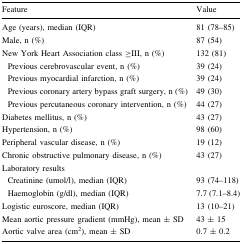
<table><thead><tr><td><b>Feature</b></td><td><b>Value</b></td></tr></thead><tbody><tr><td>Age (years), median (IQR)</td><td>81 (78–85)</td></tr><tr><td>Male, n (%)</td><td>87 (54)</td></tr><tr><td>New York Heart Association class ≥III, n (%)</td><td>132 (81)</td></tr><tr><td> Previous cerebrovascular event, n (%)</td><td>39 (24)</td></tr><tr><td> Previous myocardial infarction, n (%)</td><td>39 (24)</td></tr><tr><td> Previous coronary artery bypass graft surgery, n (%)</td><td>49 (30)</td></tr><tr><td> Previous percutaneous coronary intervention, n (%)</td><td>44 (27)</td></tr><tr><td>Diabetes mellitus, n (%)</td><td>43 (27)</td></tr><tr><td>Hypertension, n (%)</td><td>98 (60)</td></tr><tr><td>Peripheral vascular disease, n (%)</td><td>19 (12)</td></tr><tr><td>Chronic obstructive pulmonary disease, n (%)</td><td>43 (27)</td></tr><tr><td colspan="2">Laboratory results</td></tr><tr><td> Creatinine (umol/l), median (IQR)</td><td>93 (74–118)</td></tr><tr><td> Haemoglobin (g/dl), median (IQR)</td><td>7.7 (7.1–8.4)</td></tr><tr><td>Logistic euroscore, median (IQR)</td><td>13 (10–21)</td></tr><tr><td>Mean aortic pressure gradient (mmHg), mean ± SD</td><td>43 ± 15</td></tr><tr><td>Aortic valve area (cm<sup>2</sup>), mean ± SD</td><td>0.7 ± 0.2</td></tr></tbody></table>